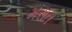
મસત